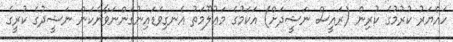
ހައްޔަރު ކުރުމުގެ ކުރިން (ރައީސް ނަޝީދަށް) އަކަމުގެ މަޢުލޫމަތު އެނގިވަޑައިނުގަންނަވާނެކަން ނަޝީދުގެ ކުރީގެ